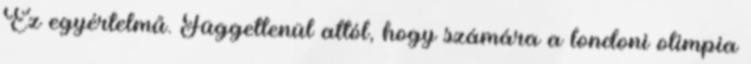
Ez egyértelmű. Függetlenül attól, hogy számára a londoni olimpia